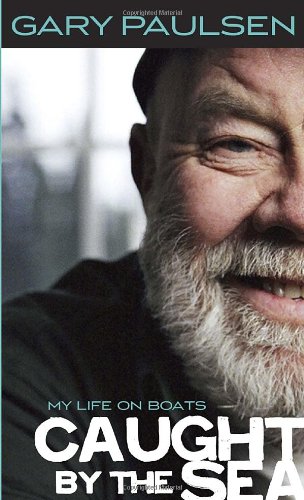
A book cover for Caught by the Sea; Gary Paulsen; Teen & Young Adult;